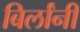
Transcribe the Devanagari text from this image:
बिर्लांनी